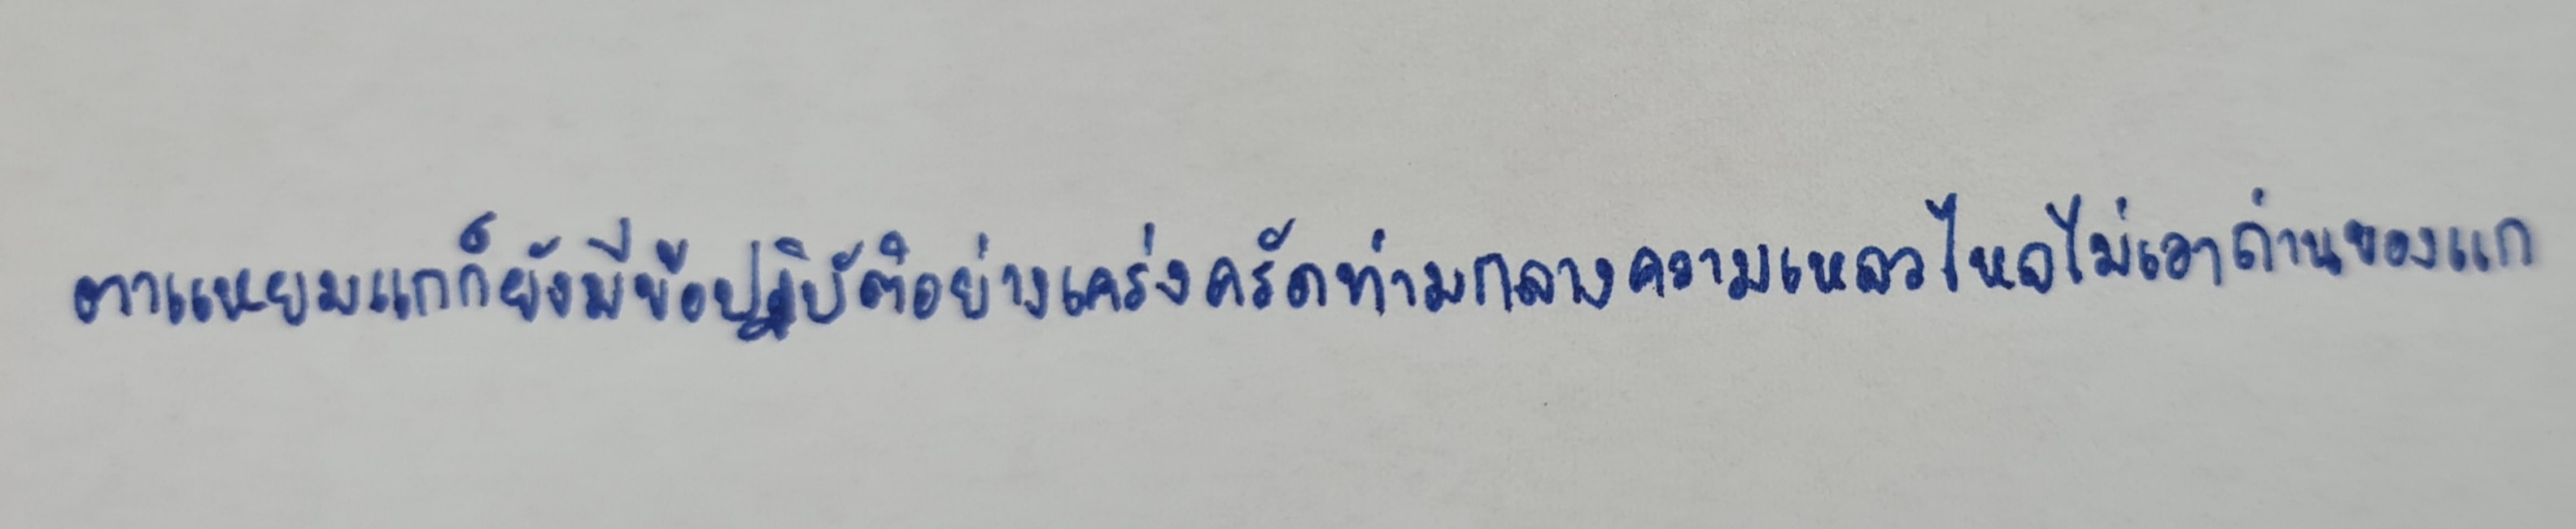
ตาแหยมแกก็ยังมีข้อปฏิบัติอย่างเคร่งครัดท่ามกลางความเหลวไหลไม่เอาถ่านของแก